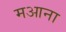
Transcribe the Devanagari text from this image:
मआना